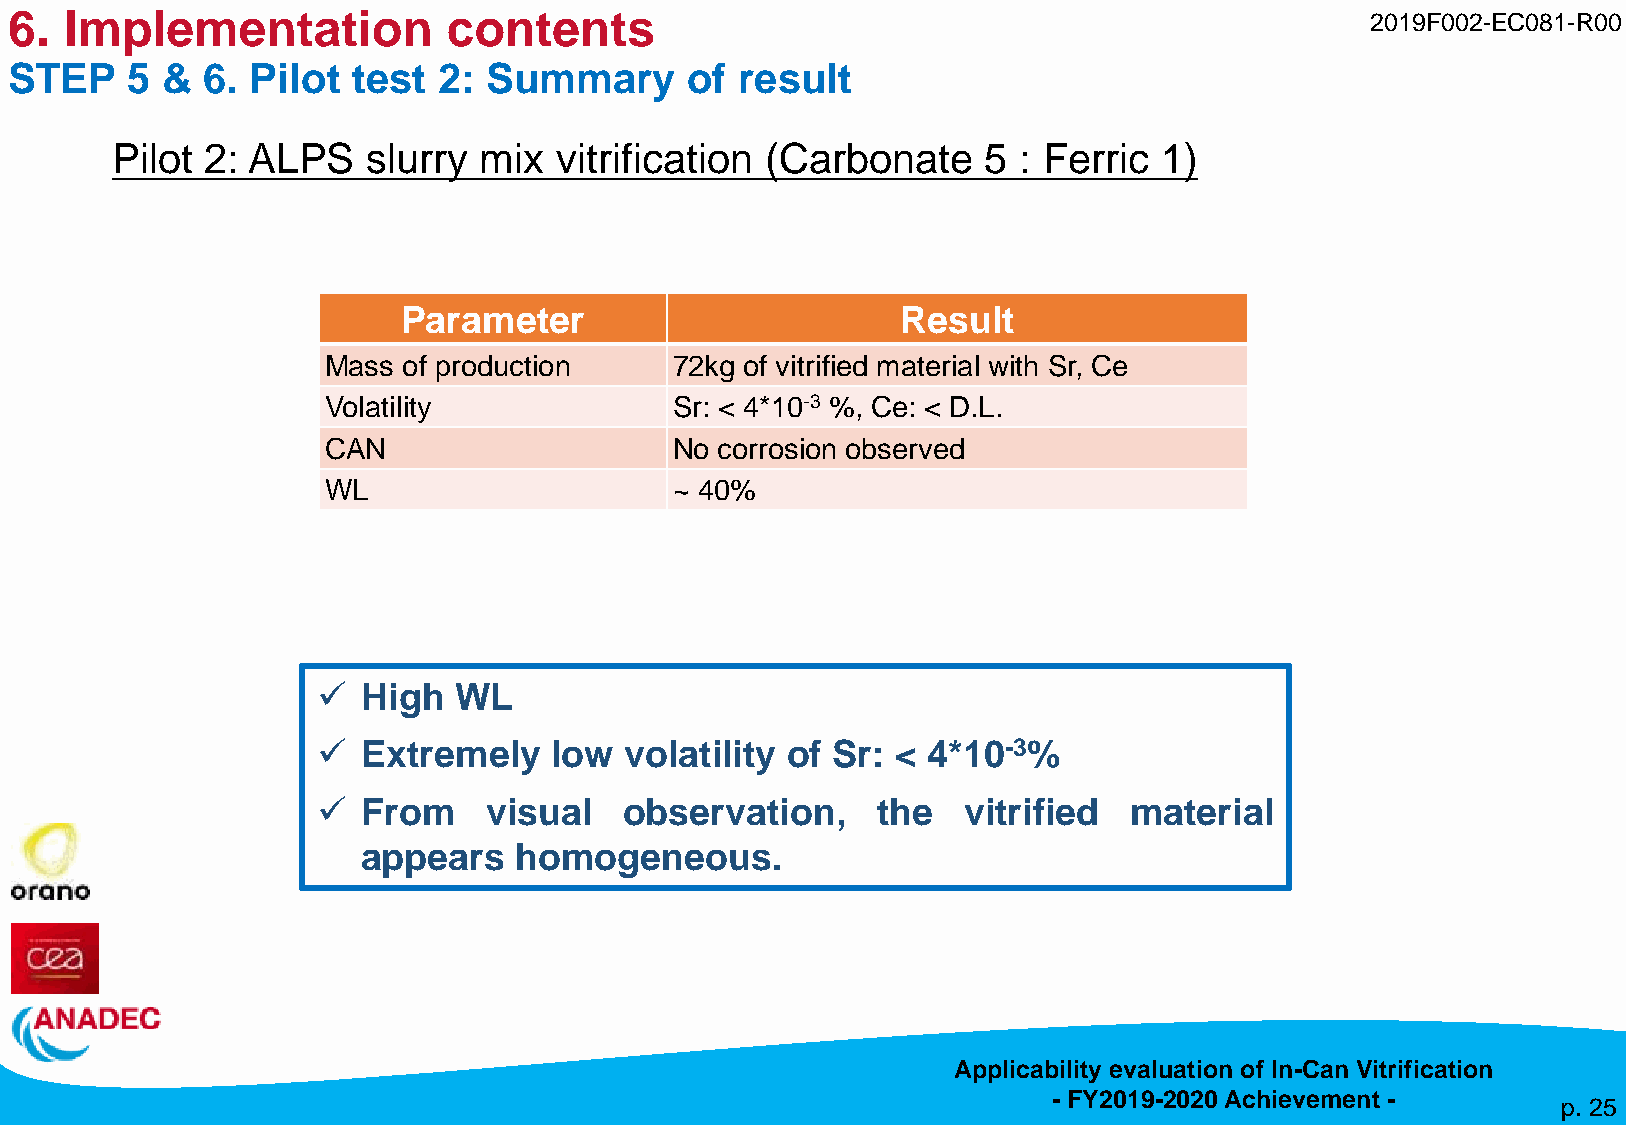
6. Implementation            contents                                                     2019F002-EC081-R00
 STEP   5  &  6. Pilot test  2: Summary      of  result
 Pilot  2: ALPS   slurry  mix  vitrification (Carbonate    5 : Ferric  1)
 Parameter                        Result
 Mass  of production     72kg of vitrified material with Sr, Ce
 Volatility              Sr: < 4*10-3 %, Ce: < D.L.
 CAN                     No corrosion observed
 WL                      ~ 40%
 ✓  High  WL
 ✓  Extremely   low  volatility of Sr: < 4*10-3%
 ✓  From    visual   observation,     the   vitrified  material
 appears   homogeneous.
 Applicability evaluation of In-Can Vitrification
 - FY2019-2020 Achievement -
 p. 25